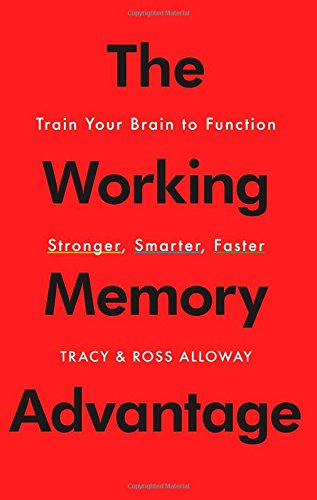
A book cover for The Working Memory Advantage: Train Your Brain to Function Stronger, Smarter, Faster; Tracy Alloway; Self-Help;